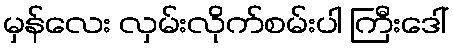
မှန်လေး လှမ်းလိုက်စမ်းပါ ကြီးဒေါ်